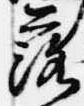
落